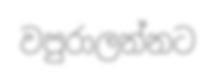
වපුරාලන්නට